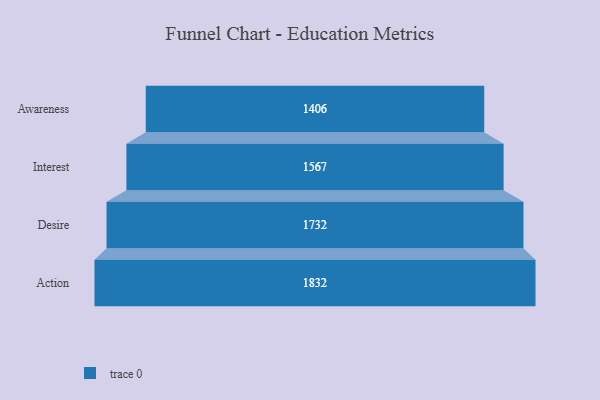
{"axis": {"x": "Stage", "y": "Value"}, "legend": [""], "data": [{"x": "Awareness", "y": 1406.0, "type": ""}, {"x": "Interest", "y": 1567.0, "type": ""}, {"x": "Desire", "y": 1732.0, "type": ""}, {"x": "Action", "y": 1832.0, "type": ""}]}